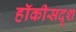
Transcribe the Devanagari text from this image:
हॉकीसदृश